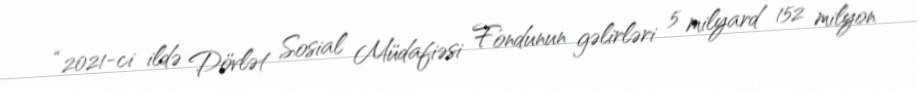
“2021-ci ildə Dövlət Sosial Müdafiəsi Fondunun gəlirləri 5 milyard 152 milyon